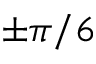
\pm \pi / 6